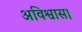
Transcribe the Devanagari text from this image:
अविश्वास।